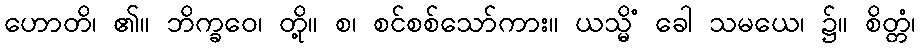
ဟောတိ၊ ၏။ ဘိက္ခဝေ၊ တို့။ စ၊ စင်စစ်သော်ကား။ ယသ္မိံ ခေါ သမယေ၊ ၌။ စိတ္တံ၊